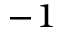
^ { - 1 }